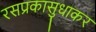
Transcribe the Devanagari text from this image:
रसप्रकासुधाकर